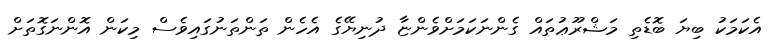
އެކަމަކު ބިޔަ ބޮޑެތި މަޝްރޫޢުތައް ގެންނަކަމަށްވެންޏާ ދުނިޔޭގެ އެހެން ތަންތަނުގައިވެސް މިކަން އޮންނަގޮތަށް